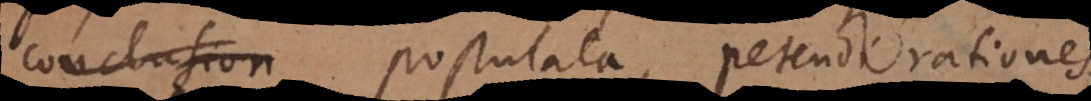
conclusion postulata, petendi rationes,